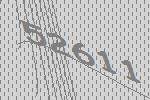
52611